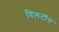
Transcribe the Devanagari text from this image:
विलटॉन